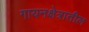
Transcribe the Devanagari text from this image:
गायनक्षेत्रातील